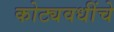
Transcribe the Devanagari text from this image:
कोट्यवधींचे